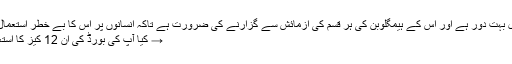
تاہم اب بھی منزل بہت دور ہے اور اس کے ہیمگلوبن کی ہر قسم کی آزمائش سے گزارنے کی ضرورت ہے تاکہ انسانوں پر اس کا بے خطر استعمال کیا جا سکے :-
→ کیا آپ کی بورڈ کی ان 12 کیز کا استعمال جانتے ہیں؟